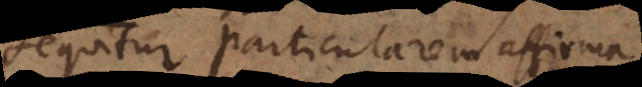
sequitur particularem affirma